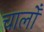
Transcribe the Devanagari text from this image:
चालोँ